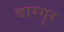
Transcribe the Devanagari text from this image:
बारगूर